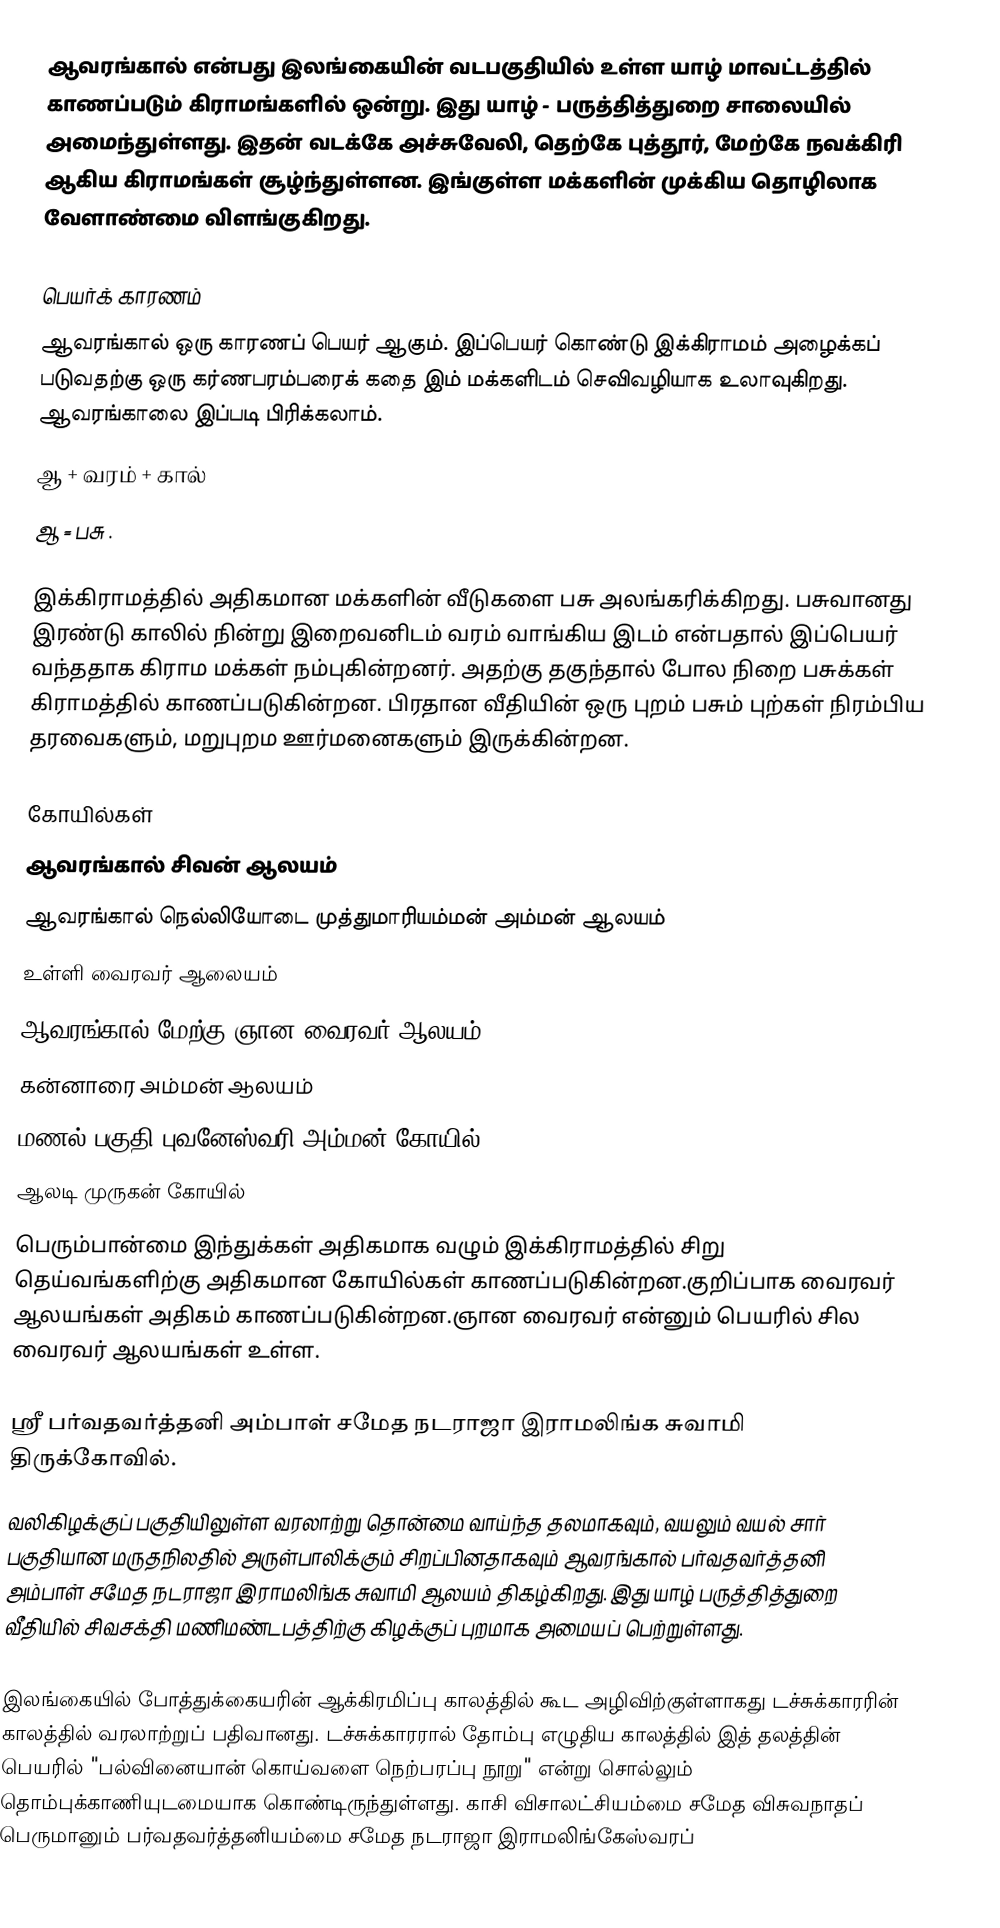
ஆவரங்கால் என்பது இலங்கையின் வடபகுதியில் உள்ள யாழ் மாவட்டத்தில் காணப்படும் கிராமங்களில் ஒன்று. இது யாழ் - பருத்தித்துறை சாலையில் அமைந்துள்ளது. இதன் வடக்கே அச்சுவேலி, தெற்கே புத்தூர், மேற்கே நவக்கிரி ஆகிய கிராமங்கள் சூழ்ந்துள்ளன. இங்குள்ள மக்களின் முக்கிய தொழிலாக வேளாண்மை விளங்குகிறது.

பெயர்க் காரணம்
ஆவரங்கால் ஒரு காரணப் பெயர் ஆகும். இப்பெயர் கொண்டு இக்கிராமம் அழைக்கப் படுவதற்கு ஒரு கர்ணபரம்பரைக் கதை இம் மக்களிடம் செவிவழியாக உலாவுகிறது. ஆவரங்காலை இப்படி பிரிக்கலாம்.
 ஆ + வரம் + கால்
 ஆ = பசு .

இக்கிராமத்தில் அதிகமான மக்களின் வீடுகளை பசு அலங்கரிக்கிறது. பசுவானது இரண்டு காலில் நின்று இறைவனிடம் வரம் வாங்கிய இடம் என்பதால் இப்பெயர் வந்ததாக கிராம மக்கள் நம்புகின்றனர். அதற்கு தகுந்தால் போல நிறை பசுக்கள் கிராமத்தில் காணப்படுகின்றன. பிரதான வீதியின் ஒரு புறம் பசும் புற்கள் நிரம்பிய தரவைகளும், மறுபுறம ஊர்மனைகளும் இருக்கின்றன.

கோயில்கள்
 ஆவரங்கால் சிவன் ஆலயம்
 ஆவரங்கால் நெல்லியோடை முத்துமாரியம்மன் அம்மன் ஆலயம்
 உள்ளி வைரவர் ஆலையம்
 ஆவரங்கால் மேற்கு ஞான வைரவர் ஆலயம்
 கன்னாரை அம்மன் ஆலயம்
 மணல் பகுதி  புவனேஸ்வரி அம்மன் கோயில்
 ஆலடி முருகன் கோயில்
பெரும்பான்மை இந்துக்கள் அதிகமாக வழும் இக்கிராமத்தில் சிறு தெய்வங்களிற்கு அதிகமான கோயில்கள் காணப்படுகின்றன.குறிப்பாக வைரவர் ஆலயங்கள் அதிகம் காணப்படுகின்றன.ஞான வைரவர் என்னும் பெயரில் சில வைரவர் ஆலயங்கள் உள்ள.

ஸ்ரீ பர்வதவர்த்தனி அம்பாள் சமேத நடராஜா இராமலிங்க சுவாமி திருக்கோவில்.
வலிகிழக்குப் பகுதியிலுள்ள வரலாற்று தொன்மை வாய்ந்த தலமாகவும், வயலும் வயல் சார் பகுதியான மருதநிலதில் அருள்பாலிக்கும் சிறப்பினதாகவும் ஆவரங்கால் பர்வதவர்த்தனி அம்பாள் சமேத நடராஜா இராமலிங்க சுவாமி ஆலயம் திகழ்கிறது. இது யாழ் பருத்தித்துறை வீதியில் சிவசக்தி மணிமண்டபத்திற்கு கிழக்குப் புறமாக அமையப் பெற்றுள்ளது.

இலங்கையில் போத்துக்கையரின் ஆக்கிரமிப்பு காலத்தில் கூட அழிவிற்குள்ளாகது டச்சுக்காரரின் காலத்தில் வரலாற்றுப் பதிவானது. டச்சுக்காரரால் தோம்பு எழுதிய காலத்தில் இத் தலத்தின் பெயரில் "பல்வினையான் கொய்வளை நெற்பரப்பு நூறு" என்று சொல்லும் தொம்புக்காணியுடமையாக கொண்டிருந்துள்ளது. காசி விசாலட்சியம்மை சமேத விசுவநாதப் பெருமானும் பர்வதவர்த்தனியம்மை சமேத நடராஜா இராமலிங்கேஸ்வரப்